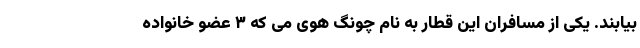
بیابند. یکی از مسافران این قطار به نام چونگ هوی می که ۳ عضو خانواده